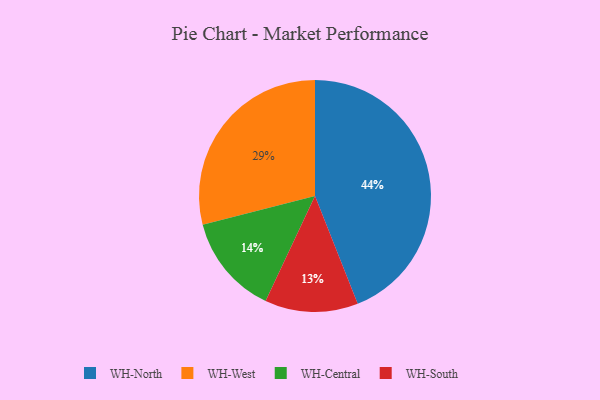
{"axis": {"x": "Category", "y": "Percentage"}, "legend": ["WH-Central", "WH-North", "WH-South", "WH-West"], "data": [{"x": "WH-Central", "y": 14, "type": "WH-Central"}, {"x": "WH-West", "y": 29, "type": "WH-West"}, {"x": "WH-North", "y": 44, "type": "WH-North"}, {"x": "WH-South", "y": 13, "type": "WH-South"}]}